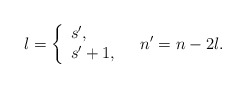
\begin{align*} l = \left\{ \begin{array}{l l} s', & \\ s'+1, & \end{array} \right. n'= n-2l. \end{align*}